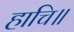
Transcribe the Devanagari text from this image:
हाचि॥